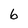
Character: 6